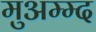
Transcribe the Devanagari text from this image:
मुअम्म्द